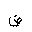
Letter: _dad